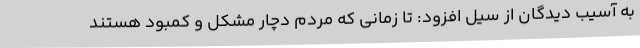
به آسیب دیدگان از سیل افزود: تا زمانی که مردم دچار مشکل و کمبود هستند